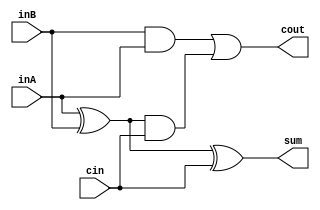
module OneBitAdder(inA, inB, cin, sum, cout);
	input inA, inB, cin;
	output sum, cout;
	wire wire1, wire2, wire3;
	xor xor_1(wire1, inA, inB);
	xor xor_2(sum, wire1, cin);
	and and_1(wire2, wire1, cin);
	and and_2(wire3, inB, inA);	
	or or_1(cout, wire3, wire2);
endmodule